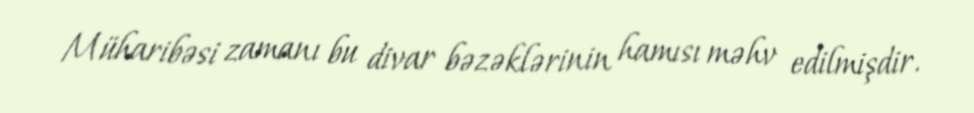
Müharibəsi zamanı bu divar bəzəklərinin hamısı məhv edilmişdir.